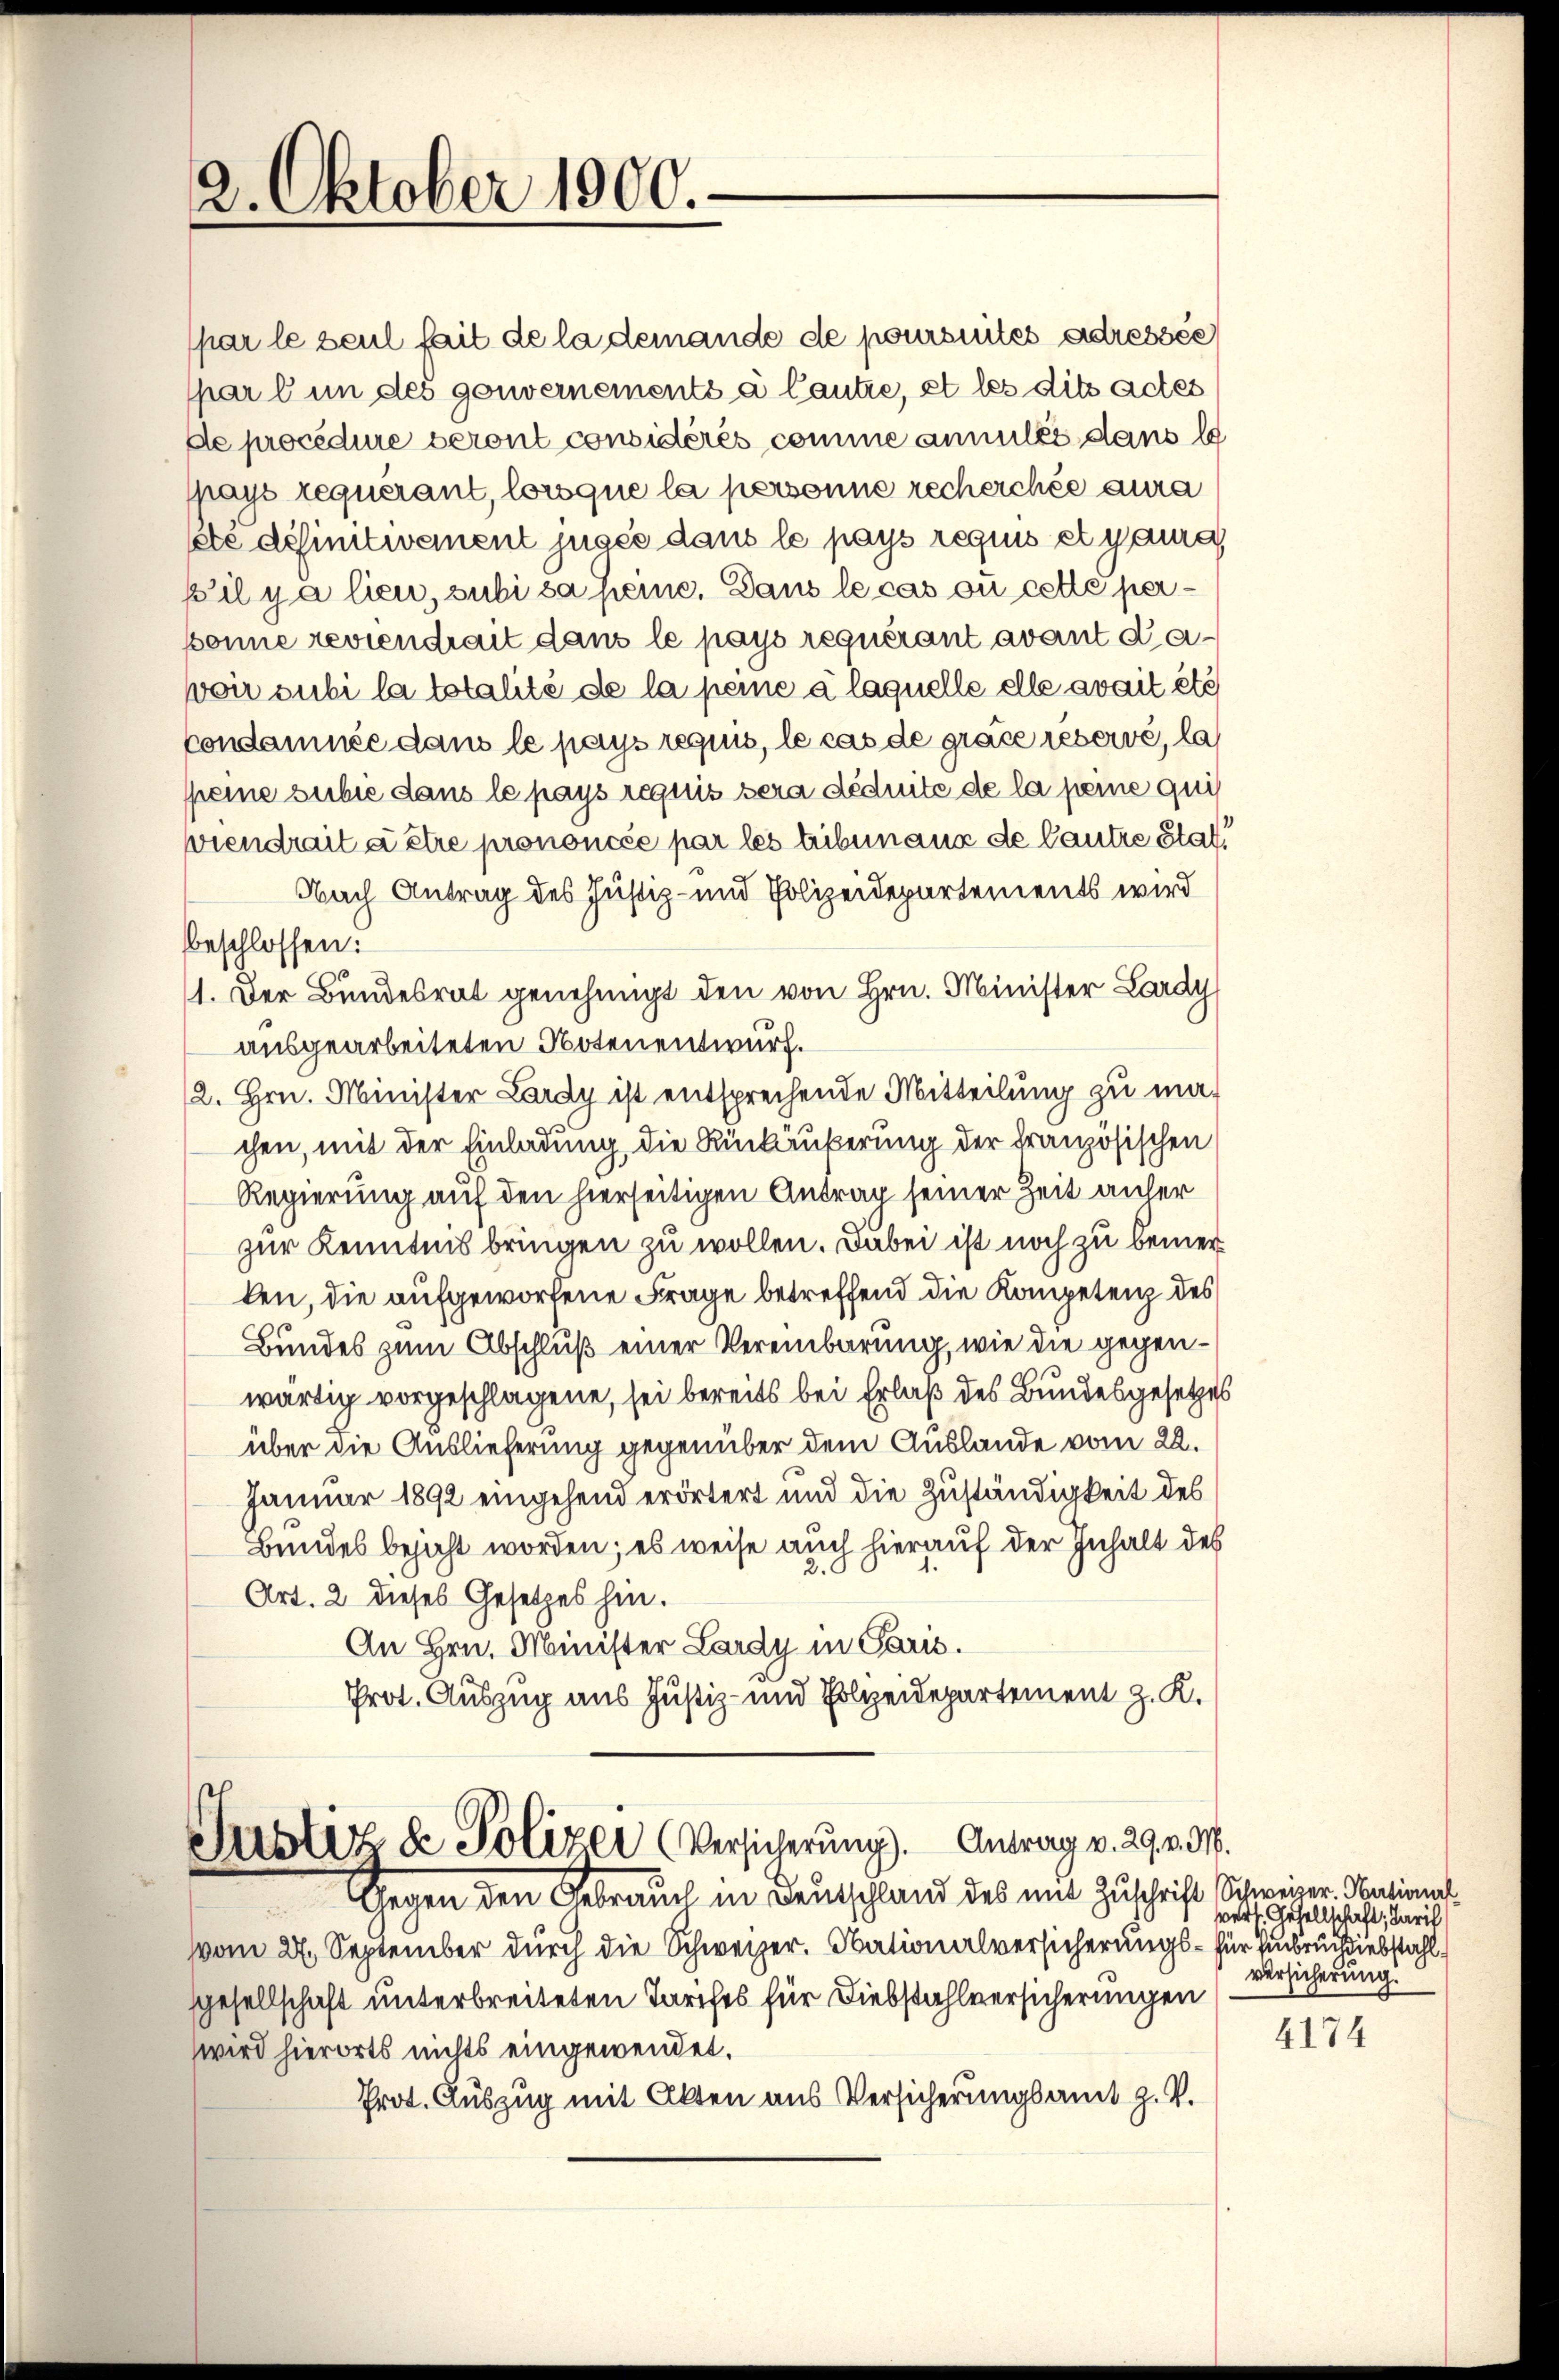
2. Oktober 1900.

par le seul fait de la demande de poursuites adressée
spar l in des gouvernements à Cautre, et les dits actes
de procédure seront considérés comme annulés dans l
Mays requérant, loroque la personne recherchée aura
kte definitivement jugée dans le pays requus et y aura
pil y a lieu, subi sa seine. Dans le cas ou cette perponne reviendrait dans le pays requérant avant Kavoir subi la totalité de la peine à laquelle elle avait été
Condamnée dans le pays requis, le cas de grace reserve, la
speine subie dans le pays requis sera déduite de la peine qui
viendrait à être prononcée par les tribunaux de Cautre Stat
Nach Antrag des Justiz- und Polizeidepartements wird
beschlossen:
1. Der Bundesrat genehmigt den von Hrn. Minister Lardy
ausgearbeiteten Notenentwurf.
2. Hrn. Minister Lardy ist entsprechende Mitteilung zu machen, mit der Einladung, die Rückäußerung der Französischen
Regierung auf den hierseitigen Antrag seiner Zeit anher
zur Kenntnis bringen zu wollen. Dabei ist noch zu bemerken, die aufgeworfene Frage betreffend die Kompetenz des
Bundes zum Abschluß einer Vereinbarung, wie die gegenwärtig vorgeschlagene, sei bereits bei Erlaß des Bundesgesetzes
über die Auslieferung gegenüber dem Auslande vom 22.
Januar 1892 eingehend erörtert und die Zuständigkeit des
Bundes bejaht worden; es weise auch hierauf der Inhalt des
Art. 2 dieses Gesetzes hin.
An Hrn. Minister Lardy in Paris.
Prot. Auszug aus Justiz- und Polzeidepartement z. K.

Justiz & Polizei (Versicherung). Antrag v. 29. v. M.

Gegen den Gebrauch in Deutschland des mit Zuschrift Schweizer. National
vom 27. September durch die Schweizer. Nationalversicherungs- für Einbruch diebstahl
gesellschaft unterbreiteten Tarifes für Diebstahlversicherungen
wird hierorts nichts eingewendet.
Prot. Auszug mit Alten aus Versicherungsamt z. V.

vers. Gesellschaft, dari
versicherung.

4174